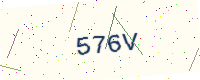
Text: 576V